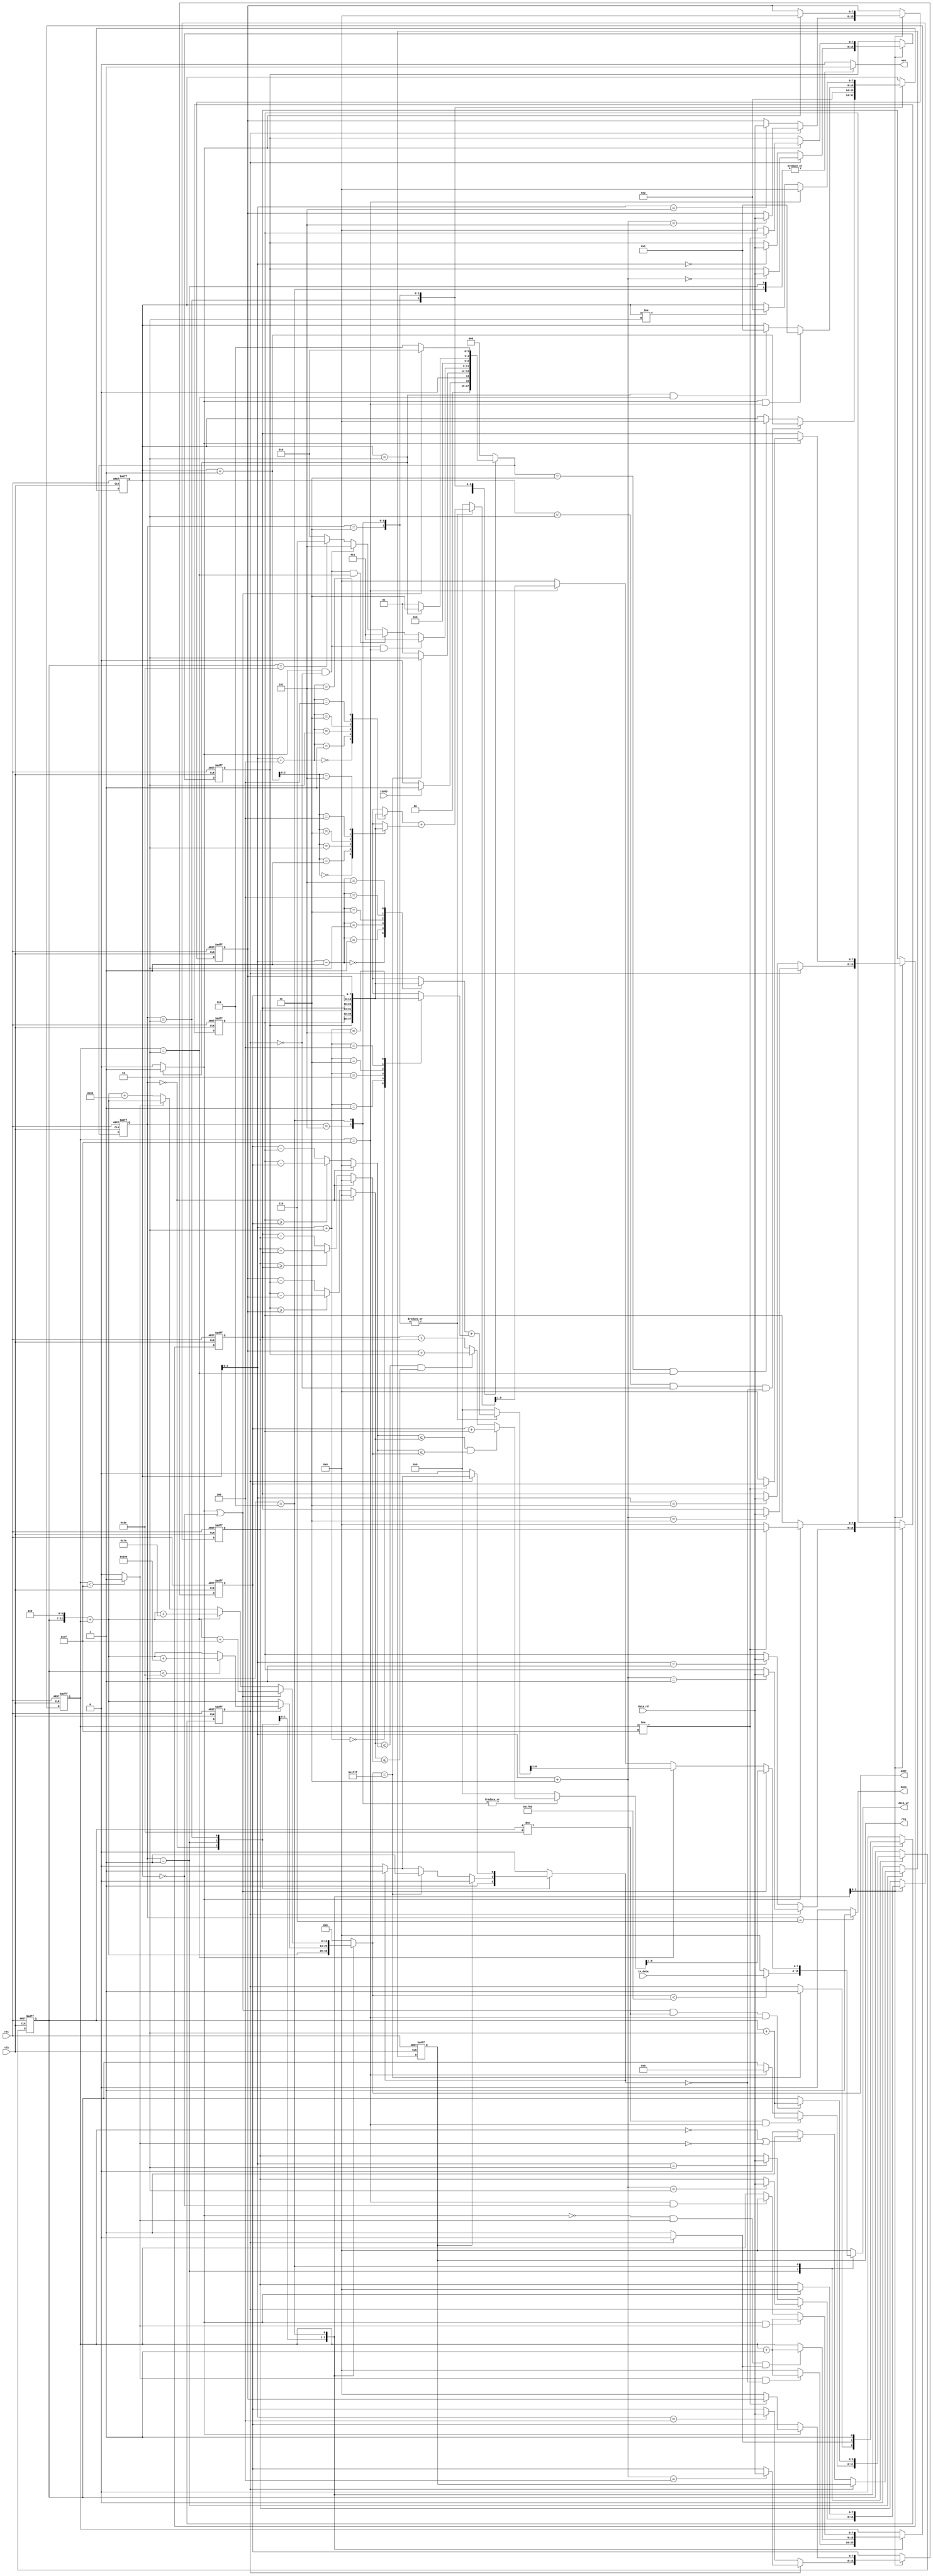
`timescale 1ns/10ps

module ELA(clk, rst, ready, in_data, data_rd, req, wen, addr, data_wr, done);

	input				clk;
	input				rst;
	input				ready;
	input		[7:0]	in_data;
	input		[7:0]	data_rd;
	output 				req;
	output 				wen;
	output 		[12:0]	addr;
	output 		[7:0]	data_wr;
	output 				done;


	/*-------------------------------------/
	/		Write your code here~		   /
	/-------------------------------------*/
	reg				req;
	reg				wen;
	reg		[12:0]	addr;
	wire	[12:0]	addrtmp;
	
	reg		[7:0]	data_wr;
	reg				done;
	
	reg				data_store_finish;
	wire			data_store_finish1;
	reg  	[7:0] countcol;
	wire countcol1;
	wire  	[7:0] countcoladder;
	reg  	[5:0] countrow;
	wire   [8:0]  side_inter;
	wire   [8:0]  side_inter1;
	wire   [7:0]  core_inter;

	wire     [7:0]  core_right;
	wire     [7:0]  core_left;
	
	reg 	[7:0]	data_minus_compare[2:0];
	reg		[7:0]	data_interloping [5:0];
	
	reg		[8:0]	data_interloping1;
	reg		[8:0]	data_interloping2;
	reg		[8:0]	data_interloping3;
	
	reg     [7:0]   counter;
	wire    [7:0]   counterdder;
	wire       counter1;
	
	reg 	[2:0]	state;//0~7
	reg 	[2:0]	nstate;//0~7
	
	reg     set;
	
	//state 0 reset
	//state 1 reading data in GL & pasting data in RL
	//state 2 reading data in RL 
	//state 3 ela interloping (head & tail)
	//state 5 middle
	//state 7 pasting result in RL & shiftimg
	//state 6 finish
	//------------------------------------------------
	
	always@(posedge clk or posedge rst)begin //counter
		if(rst)
			counter <= 0;
		else begin
			case (state)
				2:begin
					if ((counter < 2)&&(data_store_finish == 0)&&(set == 0))
						counter <= counterdder;
					else if ((nstate == 3)&&(countcol == 2))
						counter <= 0;
					else
						counter <= counter ;
				end
				3:begin
					counter <= 2;
				end
				5:begin
					if ((counter1)&&(countcol == 127))
						counter <= 1;
					else if ((counter == 2)&&(countcol == 2))
						counter <= 1;
					else 
						counter <= counter ;
				end
				7:begin
					if(countcol == 127)
						counter <= 0 ;
					else if(counter != 2)
						counter <= 2;
				end
				default: begin
					counter <= counter ;
				end
			endcase
		end
	end
	
	always@(posedge clk or posedge rst)begin //state
		if(rst)
			state <= 0;
		else 
			state <= nstate;
	end
	
	assign counter1 = (counter == 2) ? 1:0;
	
	always@(*)begin //nstate
			case(state)
				0:begin
					if(ready)
						nstate = 1;
					else
						nstate = 0;
				end
				1:begin
					if (addr == 8063)
						nstate = 2;
					else
						nstate = 1;
					end
				2:begin
					if ((counter1)&&(data_store_finish == 0)&&(countcol == 127))
						nstate = 3;
					else if ((counter1)&&(data_store_finish == 0)&&(countcol == 2))
						nstate = 3;
					else if ((counter1)&&(data_store_finish == 0))
						nstate = 5;
					else if (countrow == 62)
						nstate = 6;
					else
						nstate = 2;
				end
				3:begin
						nstate = 5;
				end

				5:begin
					if(addr == 8063)
						nstate = 6;
					if (counter == 2)
						nstate = 7;
					else
						nstate = 5;
				end
				7:begin
					if (counter1||(counter==0))
						nstate = 2;
					else
						nstate = 7;
				end
				default:begin
						nstate = 0;//nstate
				end
			endcase
	end
	assign counterdder = counter + 1;
	assign countcoladder = countcol + 1;
	assign countcol1 = (countcol < 127) ? 1:0;
	always@(posedge clk or posedge rst)begin //countcol
		if(rst) 
			countcol <= 0;
		else begin 
			case(state)
				1:begin
					if(countcol1&&(set == 0))
						countcol <= countcoladder;//countcol + 1;
					else
						countcol <= 0;
				end
				2:begin
					if((!counter1)&&(countcol1)&&(data_store_finish1))
						countcol <= countcoladder;//countcol + 1;
					else 
						countcol <= countcol;
				end
				7:begin
					if((counter1) && countcol1 )
						countcol <= countcoladder;//countcol + 1;
					else if((countcol==127)&&(counter==0))
						countcol <= 0;
					else 
						countcol <= countcol;
				end
				default:begin
					countcol <= countcol;
				end
			endcase
		end
	end
	
	always@(posedge clk or posedge rst)begin //countrow
		if(rst)
			countrow <= 0;
		else begin
			case(state)
				1:begin
					if((countrow != 62)&&(countcol == 127))
						countrow <= countrow + 2 ;
					else if(countcol == 127)
						countrow <= 0;
					else
						countrow <= countrow;
				end
				7:begin
					if((counter1||(counter==0))&&(countrow != 62)&&(countcol == 127))
						countrow <= countrow + 2 ;
					else
						countrow <= countrow;
				end
				default:begin
					countrow <= countrow;
				end
		endcase
	end
end
	
	always@(*)begin //data_minus_compare
		//if(rst)begin
			//data_minus_compare[0] = 0;
			//data_minus_compare[1] = 0;
			//data_minus_compare[2] = 0;
			//end
		//else begin
			case(state)
				0:begin
					data_minus_compare[0] = 0;
					data_minus_compare[1] = 0;
					data_minus_compare[2] = 0;
				end
				2,3,5:begin
					data_minus_compare[0] = core_left;
					data_minus_compare[1] = core_inter;
					data_minus_compare[2] = core_right;
					end	
				default:begin
					data_minus_compare[0] = core_left;
					data_minus_compare[1] = core_inter;
					data_minus_compare[2] = core_right;
				end
			endcase
			end
	//end
	
	always@(*)begin
		//if(rst)begin
			//data_interloping1 = 0;
		//end
		//else begin
			case(state)
				3,5,7:begin
					if(countcol==2)
						data_interloping1 = side_inter1;
					else
						data_interloping1 = 0;//data_interloping1;
				end
				default:begin
					data_interloping1 = 0;//data_interloping1; //data_interloping1;
				end
			endcase
		end
	//end
	
	always@(*)begin
		//if(rst)begin
			//data_interloping3 = 0;
		//end
		//else begin
			case(state)
				3,5,7:begin
					if(countcol==127)
						data_interloping3 = side_inter;
					else
						data_interloping3 = 0;//data_interloping3;
				end
				default:begin
					data_interloping3 = 0;//data_interloping3;
				end
			endcase
		end
	//end
	
	always@(*)begin
		//if(rst)begin
			//data_interloping2 = 0;
		//end
		//else begin
			case(state)
				0:begin
					data_interloping2 = 0;
				end
				5,7:begin
					if((data_minus_compare[1] <= data_minus_compare[0])&&(data_minus_compare[1] <= data_minus_compare[2]))
						data_interloping2 = (data_interloping[4] + data_interloping[1]);
					else if((data_minus_compare[0] <= data_minus_compare[1])&&(data_minus_compare[0] <= data_minus_compare[2]))
						data_interloping2 = (data_interloping[5] + data_interloping[0]);
					else 
						data_interloping2 = (data_interloping[3] + data_interloping[2]);
				end
				default:begin
					data_interloping2 = 0;//data_interloping2;
				end
			endcase
		end
	//end
	
	always@(posedge clk or posedge rst)begin//data_interloping
		if(rst)begin
			data_interloping[0] <= 0;
			data_interloping[1] <= 0;
			data_interloping[2] <= 0;
			data_interloping[3] <= 0;
			data_interloping[4] <= 0;
			data_interloping[5] <= 0;
		end
		else begin
			case(state)
				2:begin
					if(data_store_finish == 0)
						data_interloping[counter] <= data_rd;
					else
						data_interloping[counter+3] <= data_rd;
				end
				7:begin
					if (counter1)begin
						if(countcol != 127)begin
							data_interloping[0] <= data_interloping[1];
							data_interloping[1] <= data_interloping[2];
							data_interloping[2] <= 0;
							data_interloping[3] <= data_interloping[4];
							data_interloping[4] <= data_interloping[5];
							data_interloping[5] <= 0;
						end
						else begin
							data_interloping[0] <= 0;
							data_interloping[1] <= 0;
							data_interloping[2] <= 0;
							data_interloping[3] <= 0;
							data_interloping[4] <= 0;
							data_interloping[5] <= 0;
						end
					end
				end
				default:begin
					data_interloping[0] <= data_interloping[0];
					data_interloping[1] <= data_interloping[1];
					data_interloping[2] <= data_interloping[2];
					data_interloping[3] <= data_interloping[3];
					data_interloping[4] <= data_interloping[4];
					data_interloping[5] <= data_interloping[5];
				end
		endcase
	end
end
	
	assign	core_left = (data_interloping[0] >= data_interloping[5])?(data_interloping[0] - data_interloping[5]):(data_interloping[5] - data_interloping[0]);

	assign	core_right = (data_interloping[2]>= data_interloping[3])?(data_interloping[2] - data_interloping[3]):(data_interloping[3] - data_interloping[2]);

	assign	core_inter = (data_interloping[1] >= data_interloping[4])?(data_interloping[1] - data_interloping[4]):(data_interloping[4] - data_interloping[1]);
	
	always@(posedge clk or posedge rst)begin//data_store_finish
	if(rst)
		data_store_finish <= 0;
	else begin
			case(state)
				1:begin
					if(addr == 8063)
						data_store_finish <= 1;
					else
						data_store_finish <= data_store_finish;
				end
				2:begin
					if(data_store_finish != 0)
						data_store_finish <= 0;
					else
						data_store_finish <= 1;	
				end
				7:begin
						data_store_finish <= 1;
				end
				default:begin
					data_store_finish <= 0;
				end
			endcase
		end
	end
	
	assign	side_inter = (data_interloping[counter+4] + data_interloping[counterdder]);
	assign	side_inter1 = (data_interloping[counter-1] + data_interloping[counter+2]);
	assign   data_store_finish1 = (data_store_finish == 0)? 1 : 0;
	always@(*)begin //data_wr
		//if(rst)
			//data_wr = 0 ;	
		//else begin
			case(state)
				1:begin
					if(addr < 8064)
						data_wr = in_data ;
					else if (!data_store_finish1)
						data_wr = 0;
					else
						data_wr = 0;
				end
				7:begin
					if ((counter1)||(counter==0))
						data_wr = data_interloping2>>1;
					else if(countcol==2)
						data_wr = data_interloping1>>1;
					else if (countcol==127)
						data_wr = data_interloping3>>1;
					else
						data_wr = 0;
				end
				default:begin
					data_wr = 0;
				end
				endcase
			end
	//end

	assign addrtmp = (countrow<<7) + countcol  ;
	
	always@(*)begin //addr
		//if(rst)
			//addr = 0;
		//else begin
			case(state)
				1:begin
					addr =  addrtmp;//countrow * 128 + countcol  ;
				end
				2:begin
					if(data_store_finish1)
						addr =  addrtmp;
					else if(countrow < 62)
						addr =  addrtmp + 256;
					else
						addr =  addrtmp;
				end

				7:begin
					if((counter1)||(counter==0))
						addr = addrtmp + 127;// (countrow+1) * 128 + (countcol) -1;
					else if (countcol == 2)
						addr =  addrtmp + 126;//(countrow+1) * 128 + (countcol) -2;
					else if (!countcol1)
						addr =  addrtmp + 128;//(countrow+1) * 128 + (countcol) ;
					else
						addr =  addrtmp;
				end
				default:begin
					addr = 0;
				end
			endcase
		end
	//end
	
	always@(*)begin //set
			//if(rst)
				//set = 0;
		//else begin
			case(state)
				0:begin
					set = 1;
				end
				1:begin
					if (req == 1)
						set = 0;
					else if(addr==8063)
						set = 1;
					else if( set == 1)
						set = 1;
					else
						set = 0;
				end
				2:begin
					if(data_store_finish1)
						set = 0;
					else if( set == 1)
						set = 1;
					else
						set = 0;
				end
				default:begin
					set = 0;
				end
			endcase
		end
	//end
	
	always@(*)begin //done
		//if(rst)
				//done = 0;
		//else begin
				case(state)
					6:begin
						done = 1;
					end
					default:begin
						done = 0;
					end
				endcase
			end
	//end
	
	always@(posedge clk or posedge rst)begin //req
		if(rst)
				req <= 0;
		else begin
				case(state)
				1:begin
					if(data_store_finish1)
						if((countcol == 0)||(!countcol1))begin
							req <= 1;
						end
					else begin
						req <= 0;
					end
				end
				default:begin
						req <= 0;
					end
				endcase
			end
		end
	
	always@(*)begin //wen
	//if(rst)
		//	wen = 0;
	//else begin
			case(state)
				1,7:begin
					wen = 1;
				end
				default:begin//2
					wen = 0;
				end
			endcase
		//end
	end

endmodule